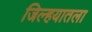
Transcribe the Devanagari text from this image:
जिल्हयातला